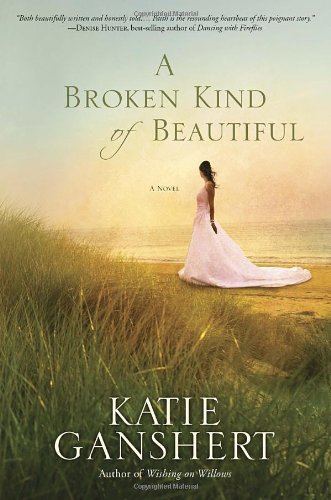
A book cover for A Broken Kind of Beautiful: A Novel; Katie Ganshert; Romance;